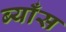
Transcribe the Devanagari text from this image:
ब्याँस